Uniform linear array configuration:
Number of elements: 32
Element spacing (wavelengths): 0.5
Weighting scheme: cosine
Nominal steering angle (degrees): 60
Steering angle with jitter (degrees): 59.21
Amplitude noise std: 0.05
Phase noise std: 0.05

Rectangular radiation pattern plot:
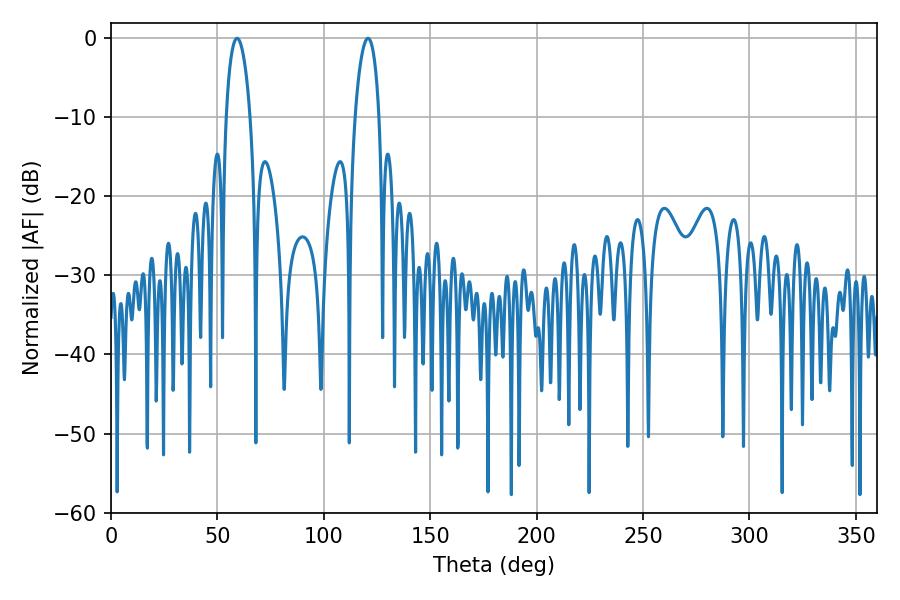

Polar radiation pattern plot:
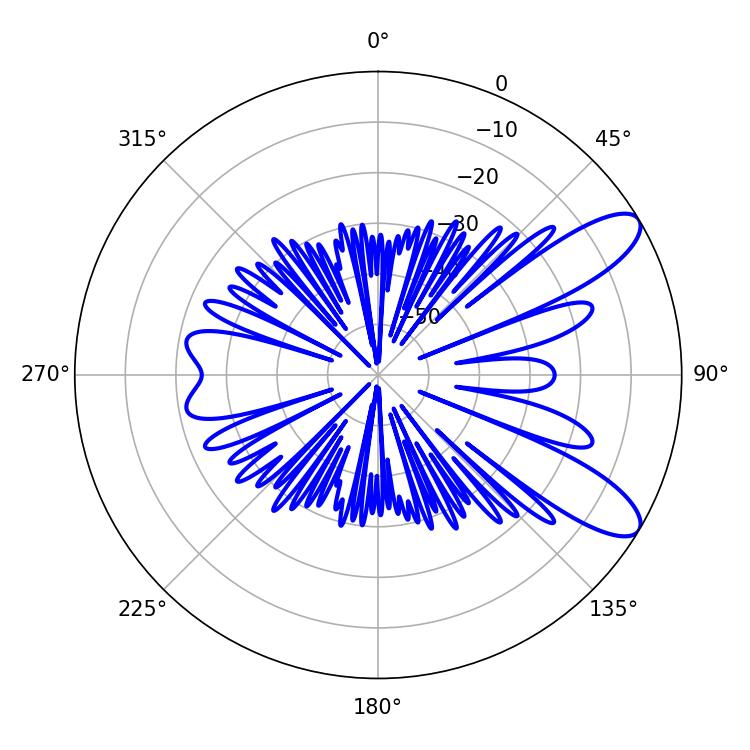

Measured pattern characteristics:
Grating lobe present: FALSE
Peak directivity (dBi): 9.817
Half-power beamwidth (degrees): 6.48
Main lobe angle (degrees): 59.22